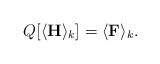
\begin{align*} Q[\langle\mathbf{H}\rangle_k]=\langle\mathbf{F}\rangle_k. \end{align*}